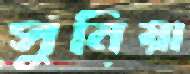
সুনিয়া